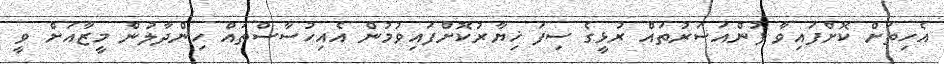
އެހިތަށް ކޮށްފައިވާ ފުންއަސަރުތައް ރުޅީގެ ސިފަ ޚިޔާރުކޮށްފައިވުމުން އެއިހުސާސްތައް ހިންދާލުން މީޒާއަށް ވީ